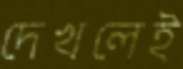
দেখলেই